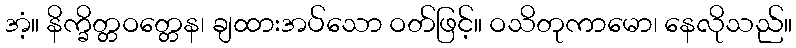
အံ့။ နိက္ခိတ္တဝတ္တေန၊ ချထားအပ်သော ဝတ်ဖြင့်။ ဝသိတုကာမော၊ နေလိုသည်။